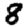
Digit: 8